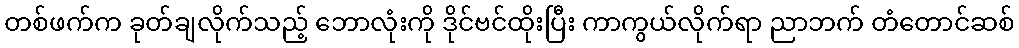
တစ်ဖက်က ခုတ်ချလိုက်သည့် ဘောလုံးကို ဒိုင်ဗင်ထိုးပြီး ကာကွယ်လိုက်ရာ ညာဘက် တံတောင်ဆစ်